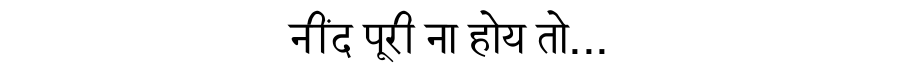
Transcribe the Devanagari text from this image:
नींद पूरी ना होय तो...